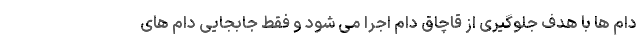
دام ها با هدف جلوگیری از قاچاق دام اجرا می شود و فقط جابجایی دام های